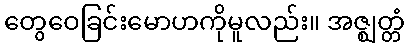
တွေဝေခြင်းမောဟကိုမူလည်း။ အဇ္ဈတ္တံ